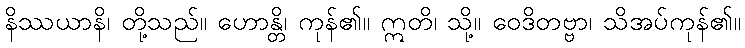
နိဿယာနိ၊ တို့သည်။ ဟောန္တိ၊ ကုန်၏။ ဣတိ၊ သို့။ ဝေဒိတဗ္ဗာ၊ သိအပ်ကုန်၏။